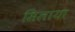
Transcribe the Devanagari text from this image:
सिलाया